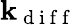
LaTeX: \mathbf{k}_{\mathrm{{~d~i~f~f~}}}